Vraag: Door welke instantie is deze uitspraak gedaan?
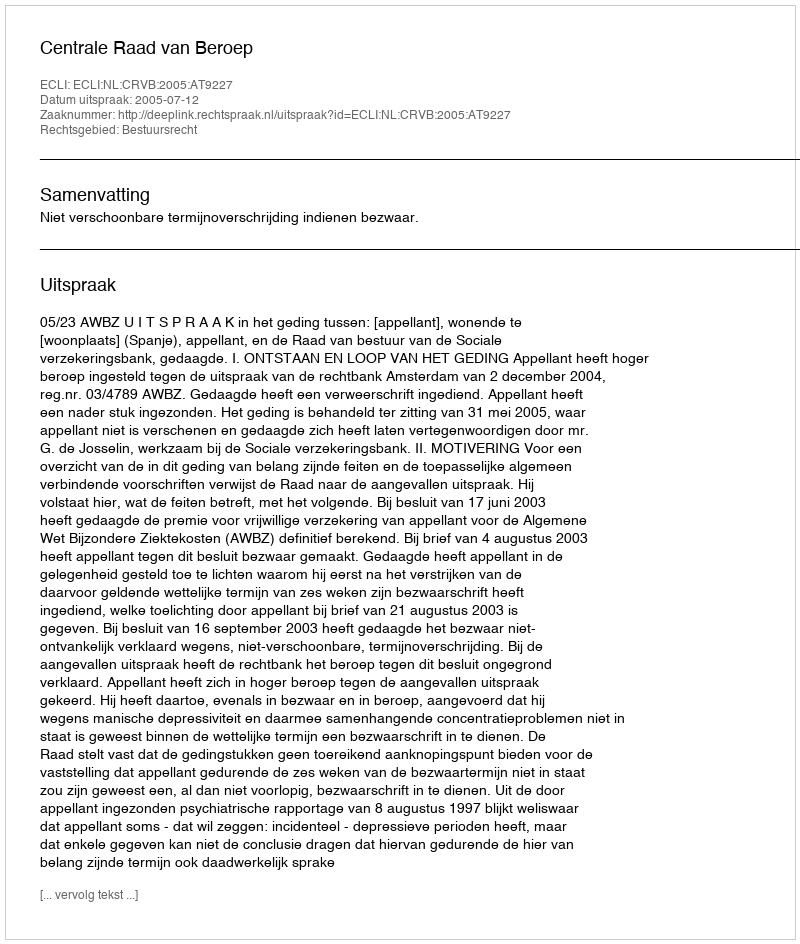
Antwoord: Centrale Raad van Beroep